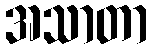
အသာတာ